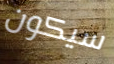
سيكون